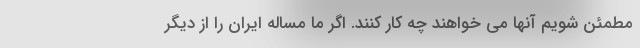
مطمئن شویم آنها می خواهند چه کار کنند. اگر ما مساله ایران را از دیگر